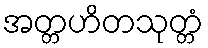
အတ္တဟိတသုတ္တံ